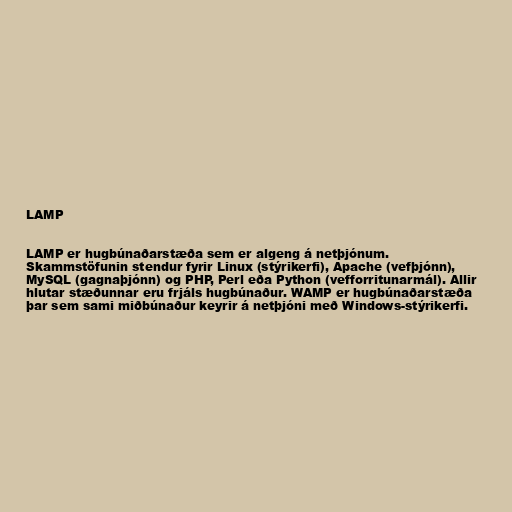
LAMP

LAMP er hugbúnaðarstæða sem er algeng á netþjónum.
Skammstöfunin stendur fyrir Linux (stýrikerfi), Apache (vefþjónn),
MySQL (gagnaþjónn) og PHP, Perl eða Python (vefforritunarmál). Allir
hlutar stæðunnar eru frjáls hugbúnaður. WAMP er hugbúnaðarstæða
þar sem sami miðbúnaður keyrir á netþjóni með Windows-stýrikerfi.